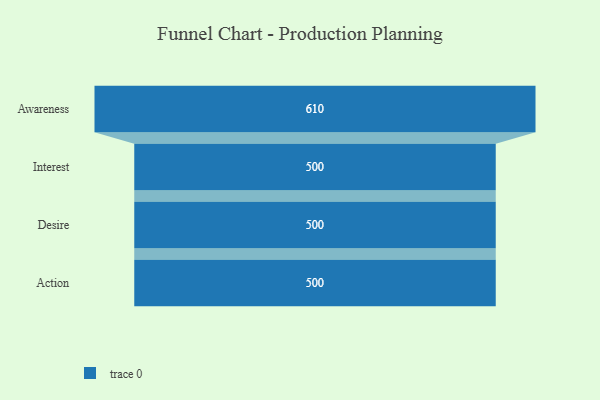
{"axis": {"x": "Stage", "y": "Value"}, "legend": [""], "data": [{"x": "Awareness", "y": 610.0, "type": ""}, {"x": "Interest", "y": 500, "type": ""}, {"x": "Desire", "y": 500, "type": ""}, {"x": "Action", "y": 500, "type": ""}]}